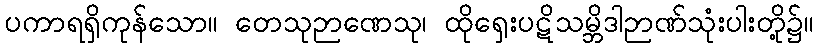
ပကာရရှိကုန်သော။ တေသုဉာဏေသု၊ ထိုရှေးပဋိသမ္ဘိဒါဉာဏ်သုံးပါးတို့၌။